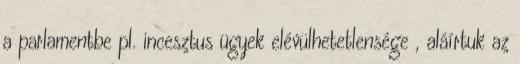
a parlamentbe pl. incesztus ügyek elévülhetetlensége , aláírtuk az